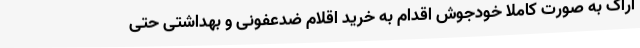
اراک به صورت کاملا خودجوش اقدام به خرید اقلام ضدعفونی و بهداشتی حتی